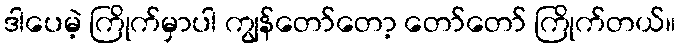
ဒါပေမဲ့ ကြိုက်မှာပါ ကျွန်တော်တော့ တော်တော် ကြိုက်တယ်။